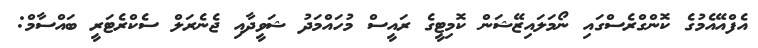
އެފްއޭއެމުގެ ކޮންގްރެސްގައި ނޯމަލައިޒޭޝަން ކޮމިޓީގެ ރައީސް މުހައްމަދު ޝަވީދާއި ޖެނެރަލް ސެކްރެޓަރީ ބައްސާމް: